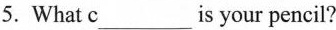
5. What c___is your pencil?